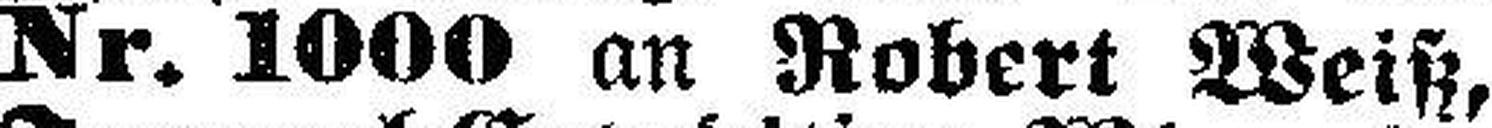
Nr. 1000 an Robert Weiß,